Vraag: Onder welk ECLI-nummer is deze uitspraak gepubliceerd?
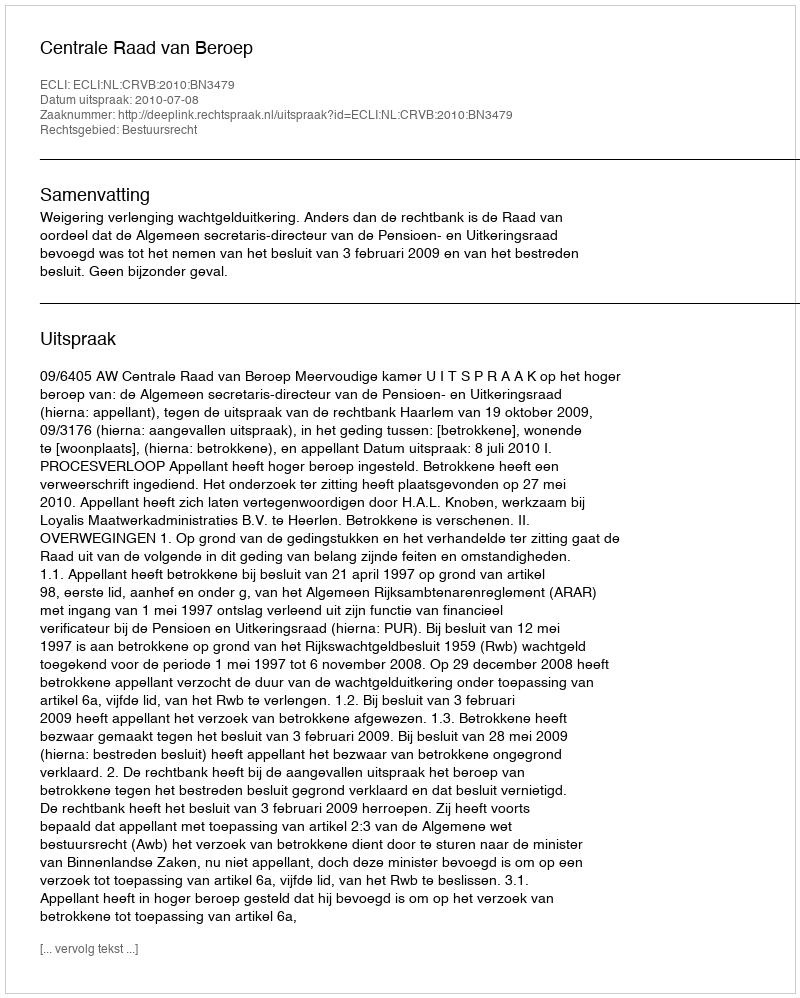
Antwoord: ECLI:NL:CRVB:2010:BN3479